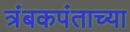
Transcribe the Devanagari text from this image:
त्रंबकपंताच्या